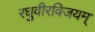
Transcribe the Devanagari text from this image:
रघुवीरविजयम्